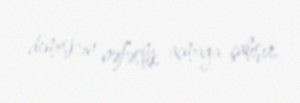
demişkən nəfəslik açmağa çalışır.